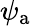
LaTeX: \psi_{\mathrm{a}}